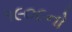
૧૯૦૯નો